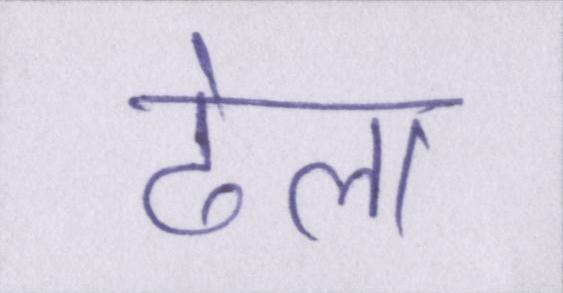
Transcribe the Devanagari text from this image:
ढेला